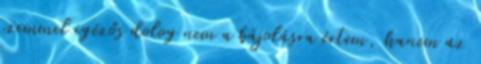
szemmel igézős dolog nem a bájolásra értem, hanem az